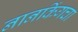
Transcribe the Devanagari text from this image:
नानकिंगचा